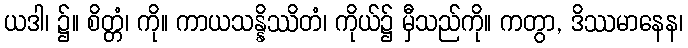
ယဒါ၊ ၌။ စိတ္တံ၊ ကို။ ကာယသန္နိဿိတံ၊ ကိုယ်၌ မှီသည်ကို။ ကတွာ, ဒိဿမာနေန၊